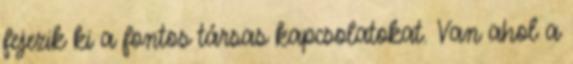
fejezik ki a fontos társas kapcsolatokat. Van ahol a